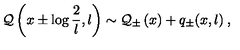
{ \cal Q } \left( x \pm \log \displaystyle \frac { 2 } { l } , l \right) \sim { \cal Q } _ { \pm } \left( x \right) + q _ { \pm } ( x , l ) \: ,